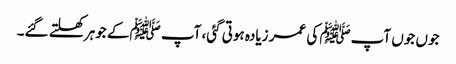
جوں جوں آپﷺ کی عمر زیادہ ہوتی گئی، آپ ﷺکے جوہر کھلتے گئے۔